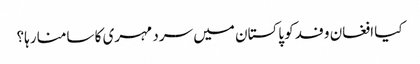
کیا افغان وفد کو پاکستان میں سرد مہری کا سامنا رہا؟